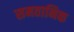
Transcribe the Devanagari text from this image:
समतानिक